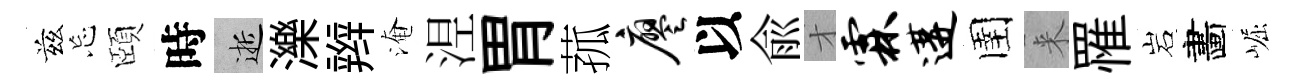
兹忘頤時逝濼辫淹𣵀胃菰廖以兪才霖遘圉来罹岩畵崛